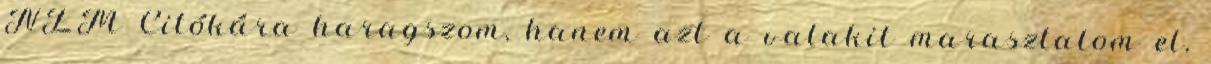
NEM Citókára haragszom, hanem azt a valakit marasztalom el,